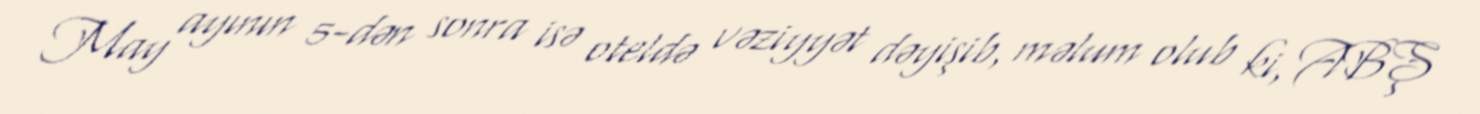
May ayının 5-dən sonra isə oteldə vəziyyət dəyişib, məlum olub ki, ABŞ